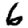
Digit: 6